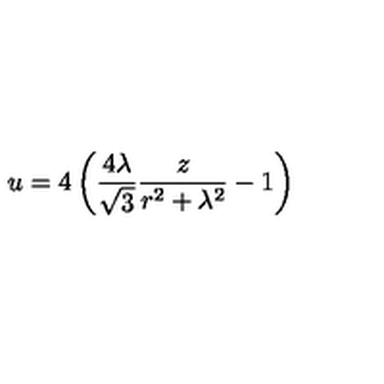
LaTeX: u = 4 \left( { \frac { 4 \lambda } { \sqrt { 3 } } } { \frac { z } { r ^ { 2 } + \lambda ^ { 2 } } } - 1 \right)